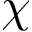
\chi